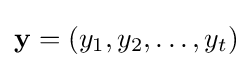
\mathbf {y} =(y_{1},y_{2},\dots ,y_{t})